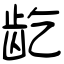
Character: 龁